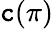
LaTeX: \mathtt{c}(\pi)